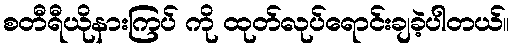
စတီရီယိုနားကြပ် ကို ထုတ်လုပ်ရောင်းချခဲ့ပါတယ်။